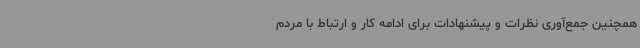
همچنین جمع‌آوری نظرات و پیشنهادات برای ادامه کار و ارتباط با مردم